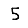
Digit: 5